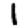
Digit: 1